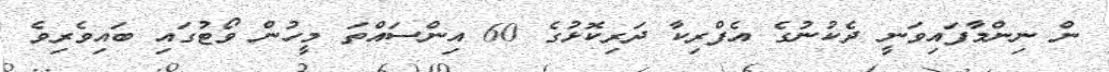
ން ނިންމާފައިވަނީ ދެކުނުގެ އެފްރިކާ ދަރިކޮޅުގެ 60 އިންސައްތަ މީހުން ވޯޓުގައި ބައިވެރިވެ